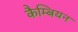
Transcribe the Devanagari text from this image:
कैम्बियन